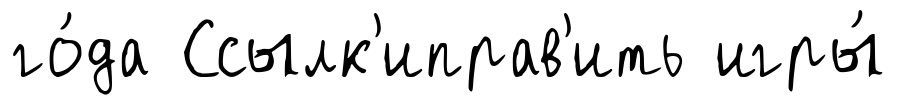
го́да Ссылк'иправ'ить игры́